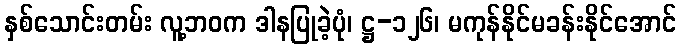
နှစ်သောင်းတမ်း လူ့ဘဝက ဒါနပြုခဲ့ပုံ၊ ဋ္ဌ-၁၂၆၊ မကုန်နိုင်မခန်းနိုင်အောင်